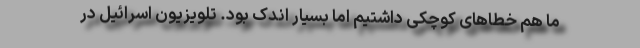
ما هم خطاهای کوچکی داشتیم اما بسیار اندک بود. تلویزیون اسرائیل در